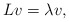
\begin{align*}Lv=\lambda v,\end{align*}